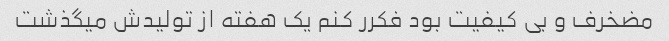
مضخرف و بی کیفیت بود فکرر کنم یک هفته از تولیدش میگذشت